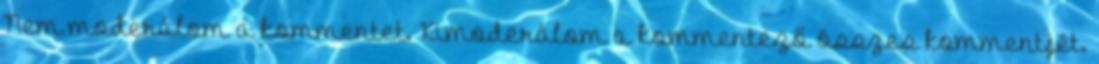
Nem moderálom a kommentet. Kimoderálom a kommentező összes kommentjét.